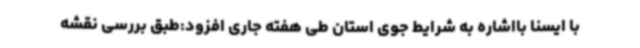
با ایسنا بااشاره به شرایط جوی استان طی هفته جاری افزود:طبق بررسی نقشه